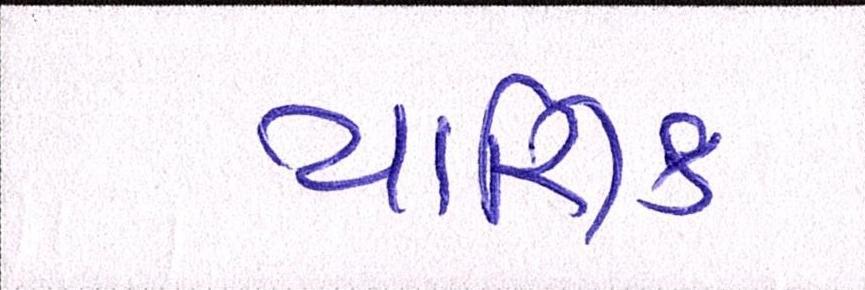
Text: યાજ્ઞિક